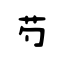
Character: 芍